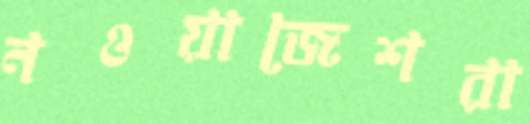
নওয়াজেশরা